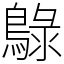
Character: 鵦